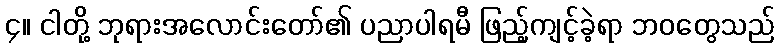
၄။ ငါတို့ ဘုရားအလောင်းတော်၏ ပညာပါရမီ ဖြည့်ကျင့်ခဲ့ရာ ဘဝတွေသည်